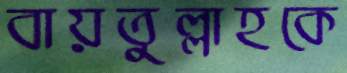
বায়তুল্লাহকে